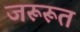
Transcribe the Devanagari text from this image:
जरूरूत